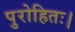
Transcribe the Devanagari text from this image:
पुरोहितः।